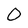
Character: 0